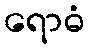
ရောဓံ